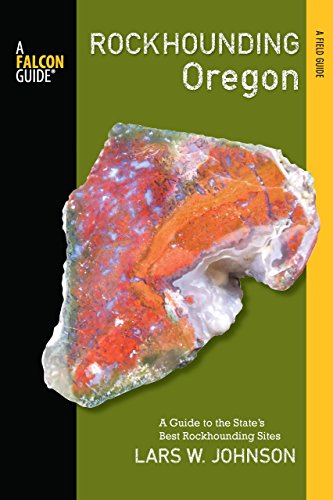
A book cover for Rockhounding Oregon: A Guide to the State's Best Rockhounding Sites (Rockhounding Series); Lars Johnson; Science & Math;